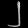
Digit: ၂